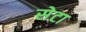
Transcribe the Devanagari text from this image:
सेटा